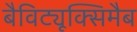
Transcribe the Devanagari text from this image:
बैविट्यूक्सिमैब